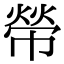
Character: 𢄋